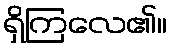
ရှိကြလေ၏။